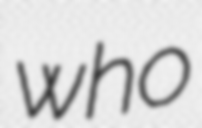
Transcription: who